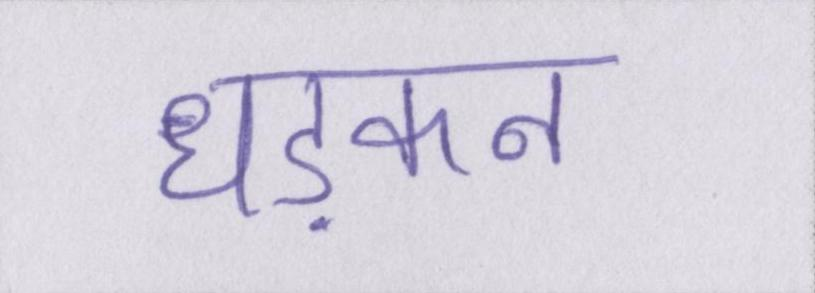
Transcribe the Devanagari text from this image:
धड़कन